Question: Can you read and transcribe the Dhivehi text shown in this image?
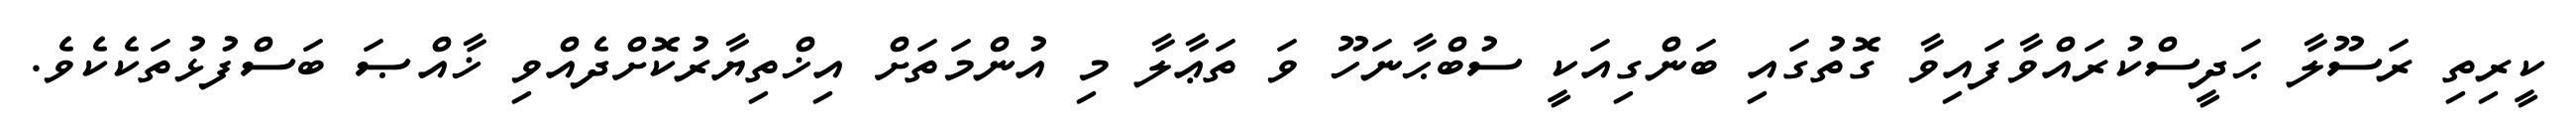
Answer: ކީރިތި ރަސޫލާ ޙަދީސްކުރައްވާފައިވާ ގޮތުގައި ބަންގިއަކީ ސުބްޙާނަހޫ ވަ ތަޢާލާ މި އުންމަތަށް އިޚްތިޔާރުކޮށްދެއްވި ޚާއްޞަ ބަސްފުޅުތަކެކެވެ.